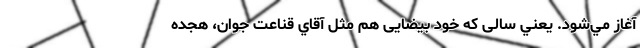
آغاز مي‌شود. يعني سالی كه خود بيضايی هم مثل آقاي قناعت جوان، هجده